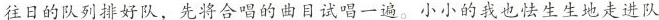
往日的队列排好队，先将合唱的曲目试唱一遍。小小的我也怯生生地走进队